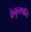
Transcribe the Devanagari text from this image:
केकुलपति